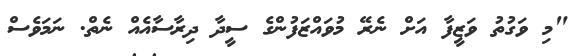
"މި ވަގުތު ވަޒީފާ އަށް ނެރޭ މުވައްޒަފުންގެ ސީދާ ދިރާސާއެއް ނެތް. ނަމަވެސް